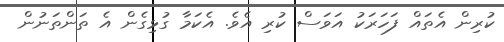
ކުރިން އެތައް ފަހަރަކު އަވަސް ކުރި އެވެ. އެކަމާ ގުޅިގެން އެ ތަންތަނުން